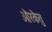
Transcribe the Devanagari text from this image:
औरकेतु